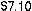
$7.10